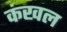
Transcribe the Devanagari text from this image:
कंखल